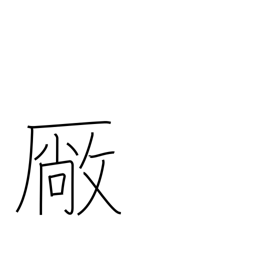
Meaning: workshop